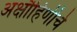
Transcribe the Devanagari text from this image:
अक्षौहिणीचे